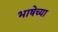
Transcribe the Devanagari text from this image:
भाषेच्‍या